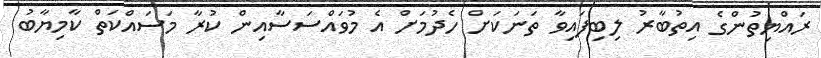
ރައްޔިތުންގެ އިތުބާރު ލިބިފައިވާ ތަނަކަށް ހެދުމަށް އެ މުވައްސަސާއިން ކުރާ މަސައްކަތް ކާމިޔާބު